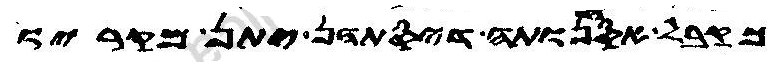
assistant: מקבל אסחנותה דיסתהן יהב מקריו